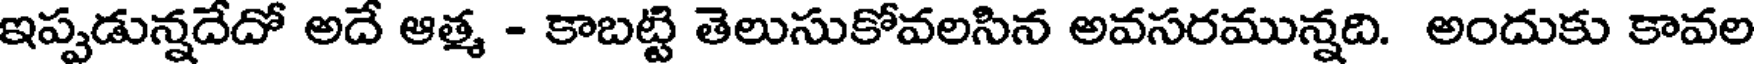
ఇప్పడున్నదేదో అదే ఆత్మ - కాబట్టి తెలుసుకోవలసిన అవసరమున్నది. అందుకు కావల